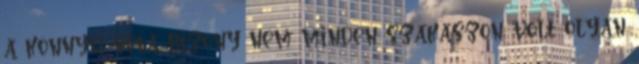
a könnyű séta bizony nem minden szakaszon volt olyan